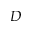
D